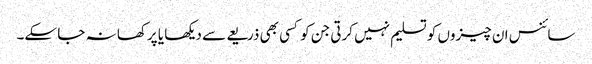
سائنس ان چیزوں کو تسلیم نہیں کرتی جن کو کسی بھی ذریعے سے دیکھا یا پرکھا نہ جا سکے۔